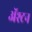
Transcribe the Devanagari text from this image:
ॲश्टन